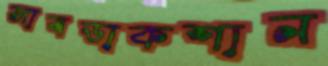
সাবডাকশান